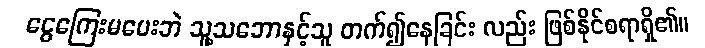
ငွေကြေးမပေးဘဲ သူ့သဘောနှင့်သူ တက်၍နေခြင်း လည်း ဖြစ်နိုင်စရာရှိ၏။